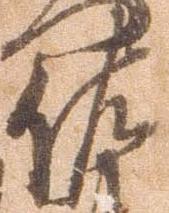
佐